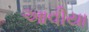
આવીયા